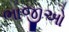
ભાજીઓ